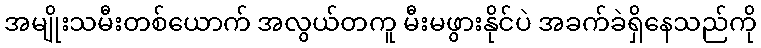
အမျိုးသမီးတစ်ယောက် အလွယ်တကူ မီးမဖွားနိုင်ပဲ အခက်ခဲရှိနေသည်ကို